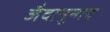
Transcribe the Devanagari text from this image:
जैवानुनाद